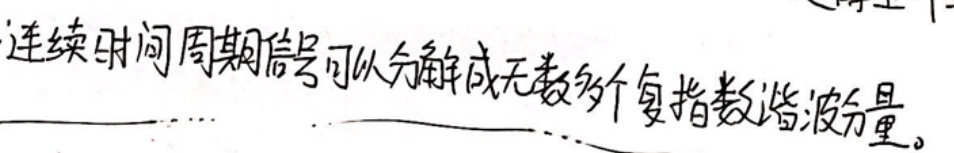
连续时间周期信号可以分解成无数多个复指数谐波分量。